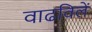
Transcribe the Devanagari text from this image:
वाढविलें